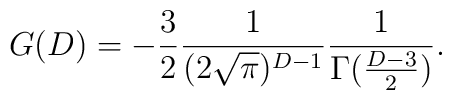
G(D)=-\frac{3}{2}\frac{1}{(2\sqrt{\pi})^{D-1}}\frac{1}{\Gamma(\frac{D-3}{2})}.